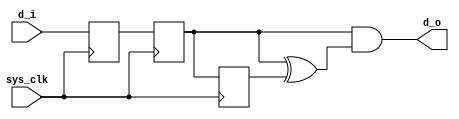
`timescale 1ns / 1ps
//////////////////////////////////////////////////////////////////////////////////
// Company: 
// Engineer: 
// 
// Design Name: 
// Module Name: detect_rising_edge
// Project Name: 
// Target Devices: 
// Tool Versions: 
// Description: 
// 
// Dependencies: 
// 
// Revision:
// Revision 0.01 - File Created
// Additional Comments:
// 
//////////////////////////////////////////////////////////////////////////////////


module detect_rising_edge(
    input sys_clk,
    input d_i,
    output d_o
    );
    
    reg d_i_ff1;
	 reg d_i_ff2;
	 reg d_i_ff3;
    always @ (posedge sys_clk)
    begin
        d_i_ff1 <= d_i;
		  d_i_ff2 <= d_i_ff1;
		  d_i_ff3 <= d_i_ff2;
    end
    
    assign d_o = d_i_ff2 & (d_i_ff2 ^ d_i_ff3);
    
endmodule